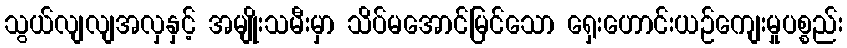
သွယ်လျလျအလှနှင့် အမျိုးသမီးမှာ သိပ်မအောင်မြင်သော ရှေးဟောင်းယဉ်ကျေးမှုပစ္စည်း